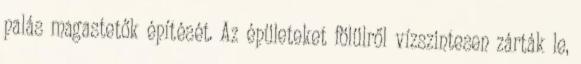
palás magastetők építését. Az épületeket fölülről vízszintesen zárták le,